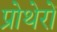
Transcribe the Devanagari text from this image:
प्रोथेरों